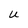
Character: U